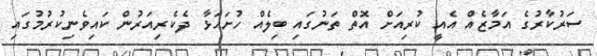
ސަރުކާރުގެ އަމާޒެއް އެއީ ކުރިއަށް އޮތް ތަނުގައި ބިލެއް ހުށަހަޅާ ދެކެރިއަރުން ކައިވެނިކުރުމުގައި